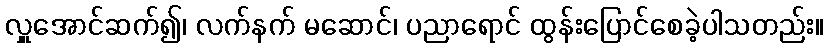
လှူအောင်ဆက်၍၊ လက်နက် မဆောင်၊ ပညာရောင် ထွန်းပြောင်စေခဲ့ပါသတည်း။